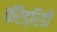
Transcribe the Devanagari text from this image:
कॅरेड्रिडी